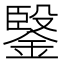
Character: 𲇔